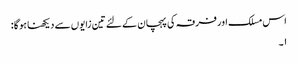
اس مسلک اور فرقہ کی پہچان کے لئے تین زایوں سے دیکھنا ہوگا :
۱۔